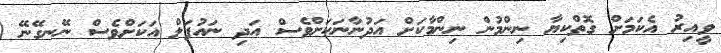
ވީއިރު އެކަމަށް ގޮތްކިޔާ ނިންމުން ނިންމާކަށް އަދުނާނަކަށްވެސް އަދި ނައުފަލް އަކަށްވެސް ނޭނގޭނޭ